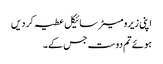
اپنی زیرو میٹر سائیکل عطیہ کر دیں
ہوئے تم دوست جس کے۔